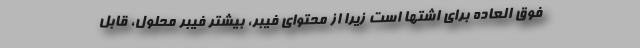
فوق العاده برای اشتها است زیرا از محتوای فیبر، بیشتر فیبر محلول، قابل